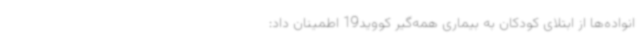
انواده‌ها از ابتلای کودکان به بیماری همه‌گیر کووید19 اطمینان داد: